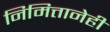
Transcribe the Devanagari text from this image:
निमित्तानेही